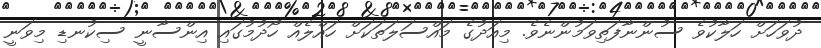
ދުވަހަށް ހަލާކުވެ ސުންނާފަތިވަމުންނެވެ. މިއަދުގެ މައްސަލަތަކަށް ހައްލެއް ހޯދުމުގައި އިންސާނީ ސިކުނޑި މިވަނީ